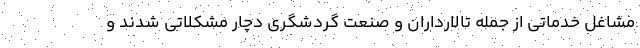
مشاغل خدماتی از جمله تالارداران و صنعت گردشگری دچار مشکلاتی شدند و